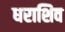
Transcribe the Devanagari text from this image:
धराशिव